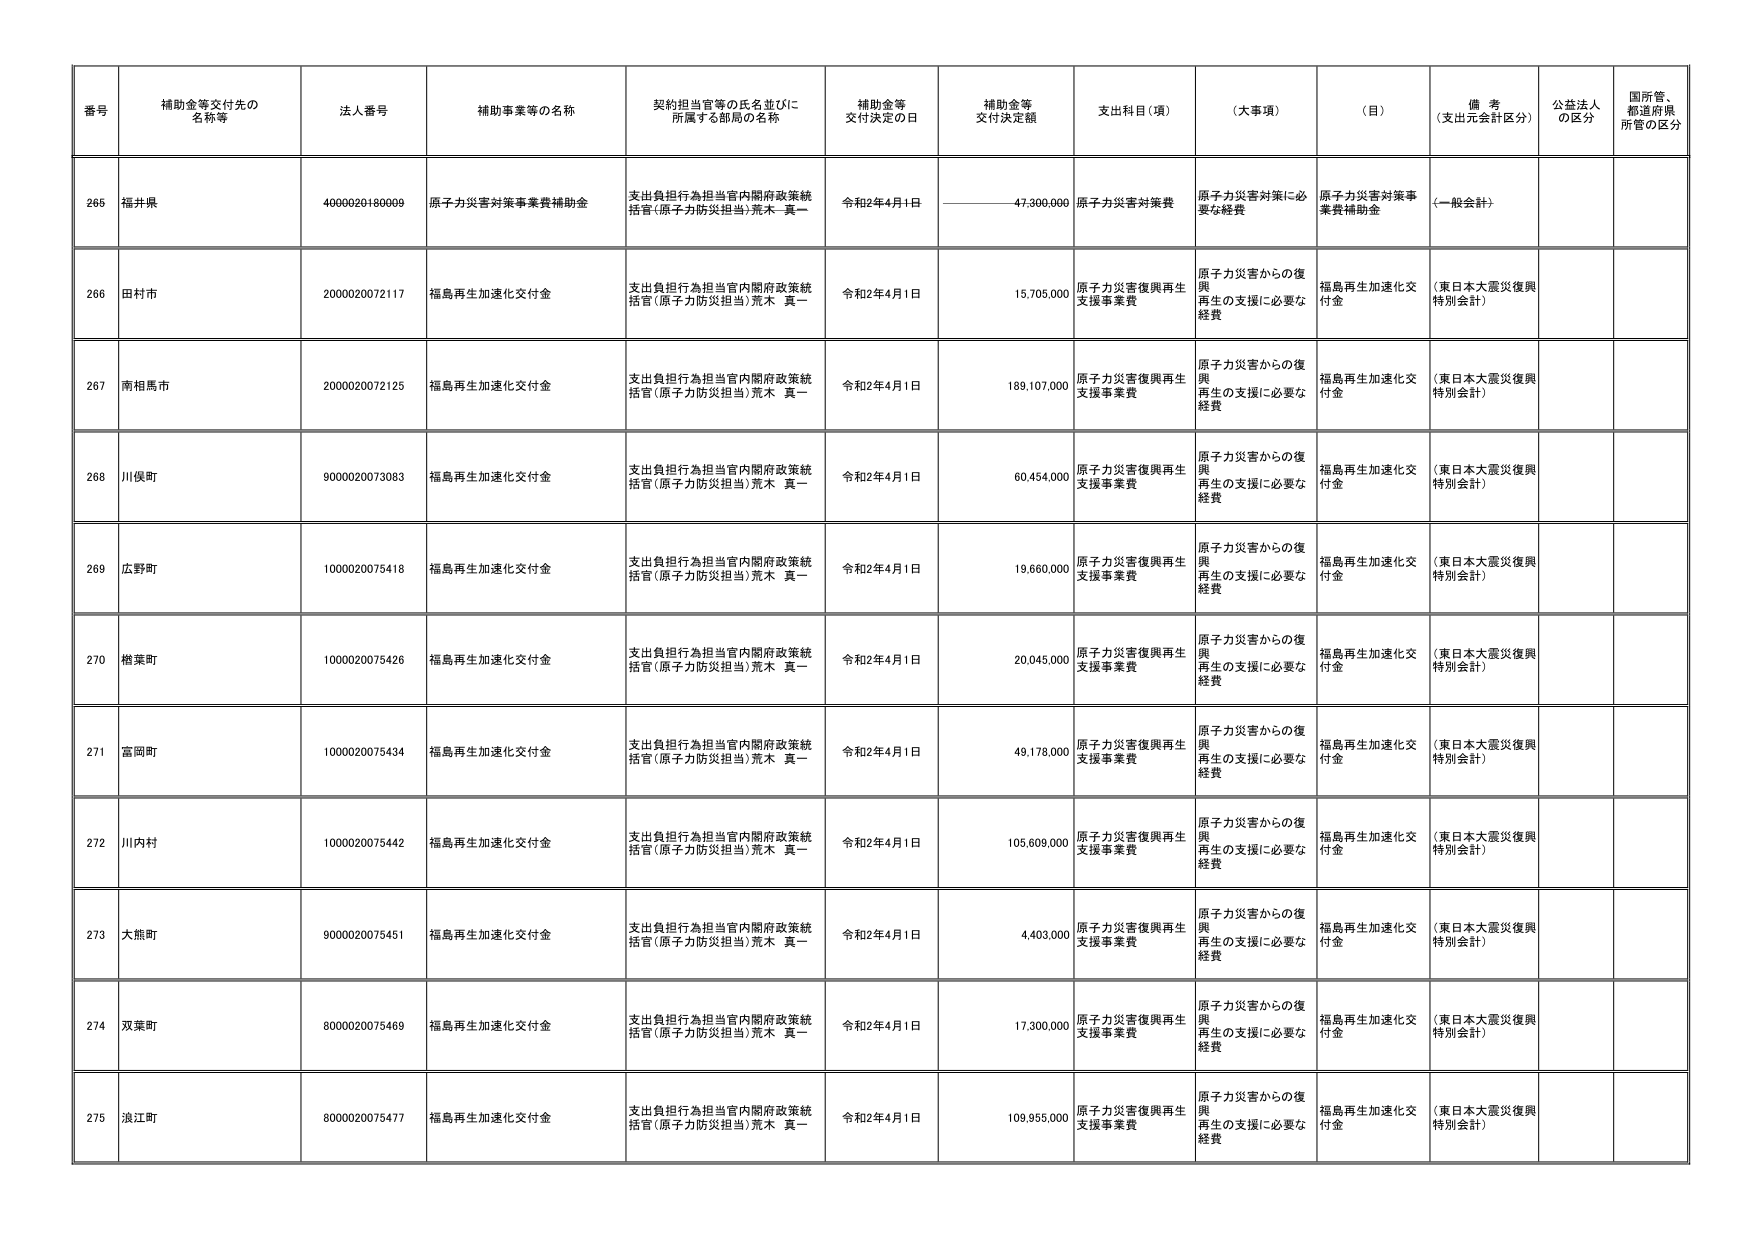
番号 補助金等交付先の名称等 法人番号 補助事業等の名称 契約担当官等の氏名並びに所属する部局の名称 補助金等交付決定の日 補助金等交付決定額 支出科目（項） （大事項） （目） 備考（支出元会計区分） 公益法人の区分 国所管、都道府県所管の区分
265 福井県 4000020180009 原子力災害対策事業費補助金 支出負担行為担当官内閣府政策統括官（原子力防災担当）荒木 真一 令和2年4月1日 47,300,000 原子力災害対策費 原子力災害対策に必要な経費 原子力災害対策事業費補助金 （一般会計）
266 田村市 2000020072117 福島再生加速化交付金 支出負担行為担当官内閣府政策統括官（原子力防災担当）荒木 真一 令和2年4月1日 15,705,000 原子力災害復興再生支援事業費 原子力災害からの復興再生の支援に必要な経費 福島再生加速化交付金 （東日本大震災復興特別会計）
267 南相馬市 2000020072125 福島再生加速化交付金 支出負担行為担当官内閣府政策統括官（原子力防災担当）荒木 真一 令和2年4月1日 189,107,000 原子力災害復興再生支援事業費 原子力災害からの復興再生の支援に必要な経費 福島再生加速化交付金 （東日本大震災復興特別会計）
268 川俣町 9000020073083 福島再生加速化交付金 支出負担行為担当官内閣府政策統括官（原子力防災担当）荒木 真一 令和2年4月1日 60,454,000 原子力災害復興再生支援事業費 原子力災害からの復興再生の支援に必要な経費 福島再生加速化交付金 （東日本大震災復興特別会計）
269 広野町 1000020075418 福島再生加速化交付金 支出負担行為担当官内閣府政策統括官（原子力防災担当）荒木 真一 令和2年4月1日 19,660,000 原子力災害復興再生支援事業費 原子力災害からの復興再生の支援に必要な経費 福島再生加速化交付金 （東日本大震災復興特別会計）
270 楢葉町 1000020075426 福島再生加速化交付金 支出負担行為担当官内閣府政策統括官（原子力防災担当）荒木 真一 令和2年4月1日 20,045,000 原子力災害復興再生支援事業費 原子力災害からの復興再生の支援に必要な経費 福島再生加速化交付金 （東日本大震災復興特別会計）
271 富岡町 1000020075434 福島再生加速化交付金 支出負担行為担当官内閣府政策統括官（原子力防災担当）荒木 真一 令和2年4月1日 49,178,000 原子力災害復興再生支援事業費 原子力災害からの復興再生の支援に必要な経費 福島再生加速化交付金 （東日本大震災復興特別会計）
272 川内村 1000020075442 福島再生加速化交付金 支出負担行為担当官内閣府政策統括官（原子力防災担当）荒木 真一 令和2年4月1日 105,609,000 原子力災害復興再生支援事業費 原子力災害からの復興再生の支援に必要な経費 福島再生加速化交付金 （東日本大震災復興特別会計）
273 大熊町 9000020075451 福島再生加速化交付金 支出負担行為担当官内閣府政策統括官（原子力防災担当）荒木 真一 令和2年4月1日 4,403,000 原子力災害復興再生支援事業費 原子力災害からの復興再生の支援に必要な経費 福島再生加速化交付金 （東日本大震災復興特別会計）
274 双葉町 8000020075469 福島再生加速化交付金 支出負担行為担当官内閣府政策統括官（原子力防災担当）荒木 真一 令和2年4月1日 17,300,000 原子力災害復興再生支援事業費 原子力災害からの復興再生の支援に必要な経費 福島再生加速化交付金 （東日本大震災復興特別会計）
275 浪江町 8000020075477 福島再生加速化交付金 支出負担行為担当官内閣府政策統括官（原子力防災担当）荒木 真一 令和2年4月1日 109,955,000 原子力災害復興再生支援事業費 原子力災害からの復興再生の支援に必要な経費 福島再生加速化交付金 （東日本大震災復興特別会計）